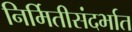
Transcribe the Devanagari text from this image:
निर्मितीसंदर्भात